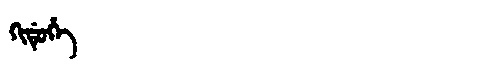
Manchu: ᡴᡳᡩᡠᡥᡝ
Romanization: KIDUHE